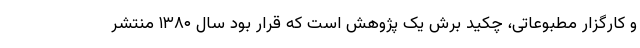
و کارگزار مطبوعاتی، چکید برش یک پژوهش است که قرار بود سال ۱۳۸۰ منتشر